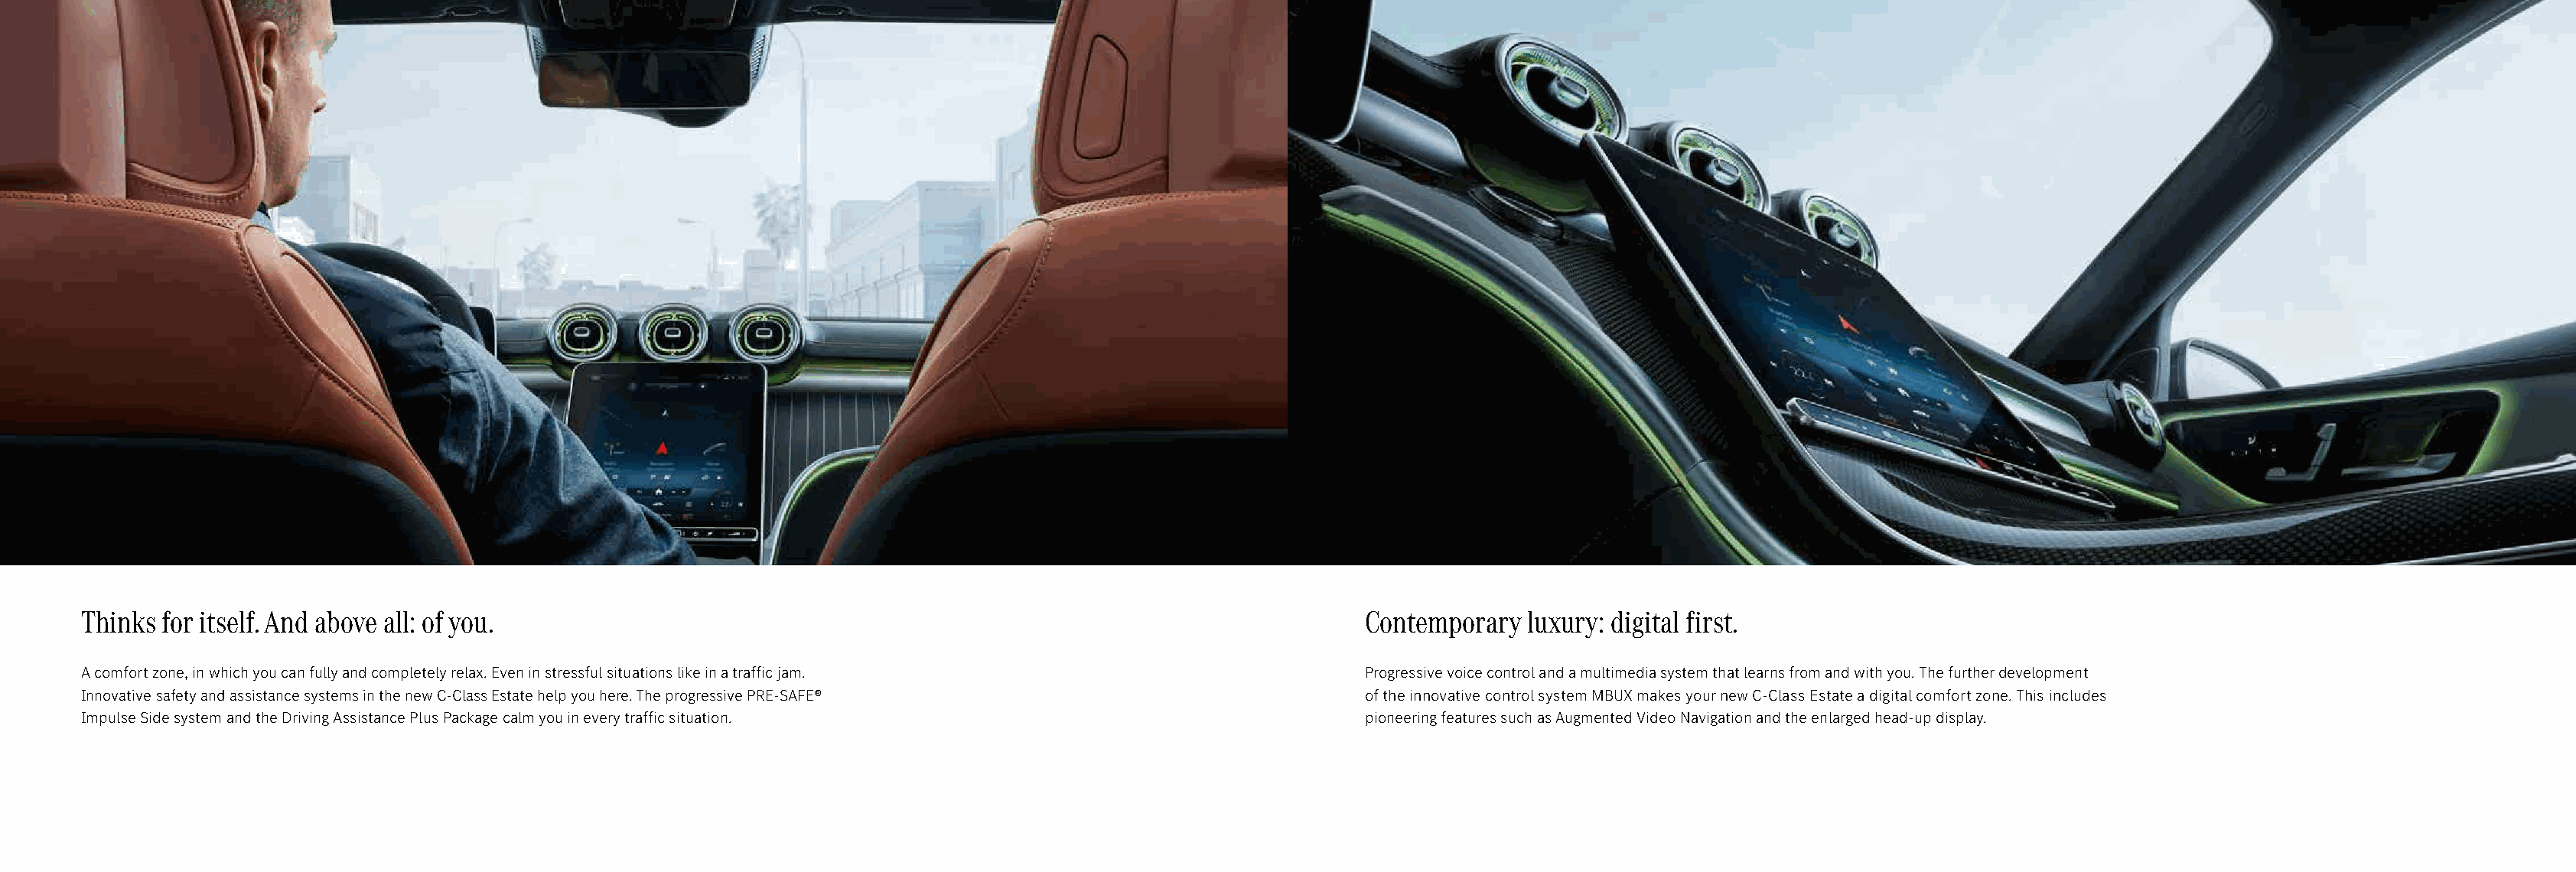
Thinks for itself. And above all: of you.                                                                      Contemporary  luxury: digital first.
 A comfort zone, in which you can fully and completely relax. Even in stressful situations like in a traffic jam. Progressive voice control and a multimedia system that learns from and with you. The further development
 Innovative safety and assistance systems in the new C-Class Estate help you here. The progressive PRE-SAFE®    of the innovative control system MBUX makes your new C-Class Estate a digital comfort zone. This includes
 Impulse Side system and the Driving Assistance Plus Package calm you in every traffic situation.               pioneering features such as Augmented Video Navigation and the enlarged head-up display.